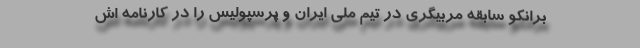
برانکو سابقه مربیگری در تیم ملی ایران و پرسپولیس را در کارنامه اش